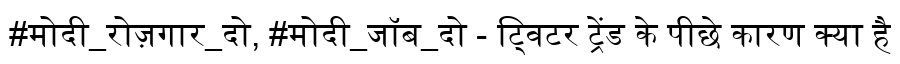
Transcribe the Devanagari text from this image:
#मोदी_रोज़गार_दो, #मोदी_जॉब_दो - ट्विटर ट्रेंड के पीछे कारण क्या है